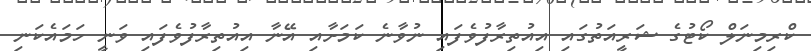
ކްރިމިނަލް ކޯޓުގެ ޝަރީއަތުގައި އިއުތިރާފުވެފައި ނުވާނެ ކަމަށާއި އޭނާ އިއުތިރާފުވެފައި ވަނީ ހަމައެކަނި